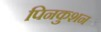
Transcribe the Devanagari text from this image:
पिनकुशन